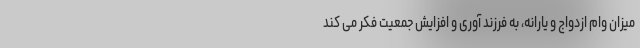
میزان وام ازدواج و یارانه، به فرزند آوری و افزایش جمعیت فکر می کند